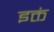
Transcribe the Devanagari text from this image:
इक्तं